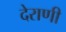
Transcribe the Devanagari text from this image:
देराणी